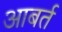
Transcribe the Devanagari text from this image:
आबर्त